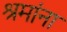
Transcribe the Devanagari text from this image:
श्रमांना